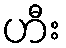
ဟီး